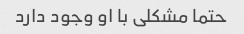
حتما مشکلی با او وجود دارد